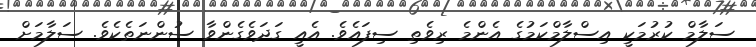
ސަލާމް ކުރުމަކީ އިސްލާމްކަމުގެ އެންމެ ރިވެތި ސިފައެވެ. އެއީ ގަދަވެގެންވާ ސުންނަތެކެވެ. ސަލާމަށް